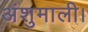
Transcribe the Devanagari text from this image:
अंशुमाली।